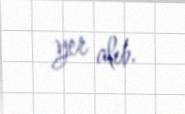
yer alıb.